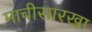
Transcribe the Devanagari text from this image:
माचीसारखा